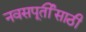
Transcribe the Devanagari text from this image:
नवसपूर्तीसाठी